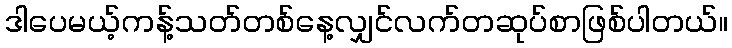
ဒါပေမယ့်ကန့်သတ်တစ်နေ့လျှင်လက်တဆုပ်စာဖြစ်ပါတယ်။